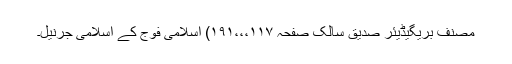
مصنف بریگیڈیئر صدیق سالک صفحہ ۱۱۷،،،۱۹۱) اسلامی فوج کے اسلامی جرنیل۔